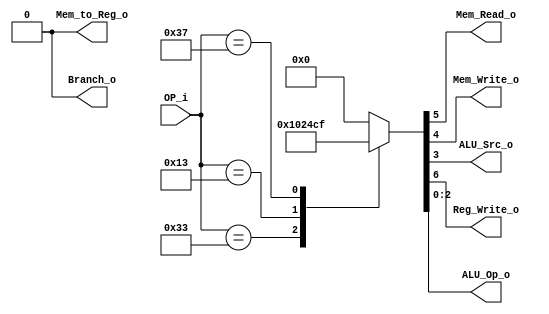
/******************************************************************
* Description
*	This is control unit for the RISC-V Microprocessor. The control unit is 
*	in charge of generation of the control signals. Its only input 
*	corresponds to opcode from the instruction bus.
*	1.0
* Author:
*	Dr. Jos Luis Pizano Escalante
* email:
*	luispizano@iteso.mx
* Date:
*	16/08/2021
******************************************************************/
module Control
(
	input [6:0]OP_i,
	
	
	output Branch_o,
	output Mem_Read_o,
	output Mem_to_Reg_o,
	output Mem_Write_o,
	output ALU_Src_o,
	output Reg_Write_o,
	output [2:0]ALU_Op_o
);

localparam R_Type				=7'h33; //OPCODE R INSTRUCTIONS 0110011
localparam I_Type				=7'h13; //OPCODE I INSTRUCTIONS 0010011
localparam U_Type 				=7'h37;// OPCODE U INSTRUCTIONS 0110111

reg [8:0] control_values;

always@(OP_i) begin
	case(OP_i)//                          		   876_54_3_210       <- posiciones de control values
		R_Type:					control_values= 9'b001_00_0_000; 
		I_Type:					control_values= 9'b001_00_1_001;
		U_Type: 				control_values= 9'b001_00_1_111;
		default:
			control_values= 9'b000_00_000;
		endcase
end	

assign Branch_o = control_values[8]; 		//control value posicin 8   -- Bit en 0 para denegar ningn branch ya que no es una operacion de salto

assign Mem_to_Reg_o = control_values[7]; 	//control value posicin 7   -- Bit en 0 para dirigir el resultado desde el Mux hacia el Register File

assign Reg_Write_o = control_values[6]; 	//control value posicin 6   -- Bit en 1 para permitir la escritura del resultado en un registro -> Register File

assign Mem_Read_o = control_values[5]; 		//control value posicin 5   -- Bit en 0 Para denegar la lectura desde la memoria ya que se leen los registros : No se accede a memoria  de datos.

assign Mem_Write_o = control_values[4]; 	//control value posicin 4   -- Bit en 0 Para denegar la escritura en la memoria ya que se escribe en los registros : No se accede a memoria  de datos.

assign ALU_Src_o = control_values[3]; 		//control value posicin 3   -- Es el resultado del mux previo a la ALU -> Entrada B (0 para reg o 1 para imm)

assign ALU_Op_o = control_values[2:0];		//control value posicin 0-2 -- 3 bits que indican el valor de operacion hacia la alu, es custom lo elegimos nosotros que sea congruente control values y alu op para las operaciones en ALU_control.v

endmodule